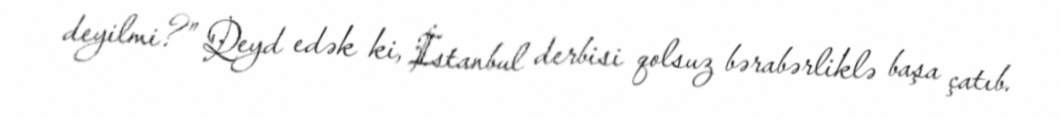
deyilmi?” Qeyd edək ki, İstanbul derbisi qolsuz bərabərliklə başa çatıb.